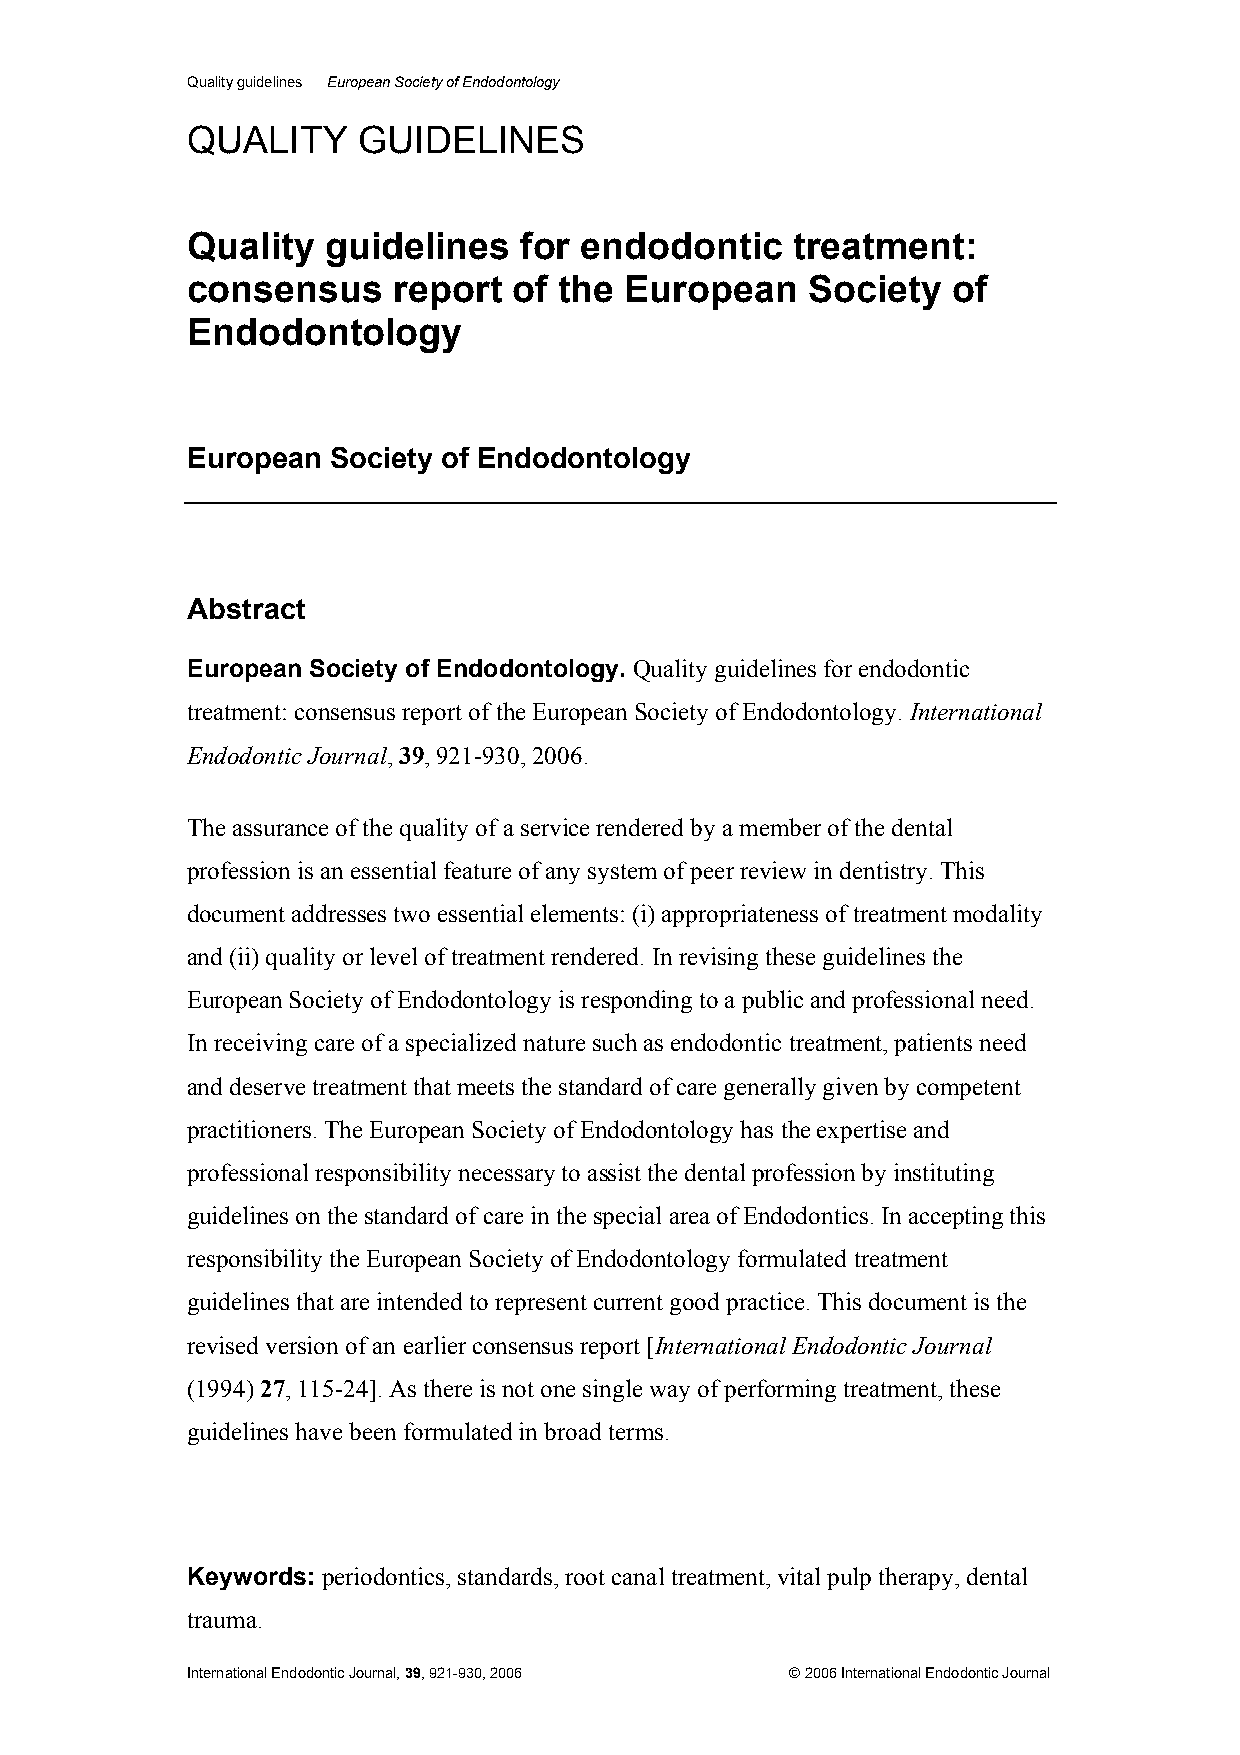
Quality guidelines European Society of Endodontology
 QUALITY     GUIDELINES
 Quality   guidelines  for endodontic     treatment:
 consensus     report  of the European     Society  of
 Endodontology
 European  Society of Endodontology
 Abstract
 European Society of Endodontology. Quality guidelines for endodontic
 treatment: consensus report of the European Society of Endodontology. International
 Endodontic Journal, 39, 921-930, 2006.
 The assurance of the quality of a service rendered by a member of the dental
 profession is an essential feature of any system of peer review in dentistry. This
 document addresses two essential elements: (i) appropriateness of treatment modality
 and (ii) quality or level of treatment rendered. In revising these guidelines the
 European Society of Endodontology is responding to a public and professional need.
 In receiving care of a specialized nature such as endodontic treatment, patients need
 and deserve treatment that meets the standard of care generally given by competent
 practitioners. The European Society of Endodontology has the expertise and
 professional responsibility necessary to assist the dental profession by instituting
 guidelines on the standard of care in the special area of Endodontics. In accepting this
 responsibility the European Society of Endodontology formulated treatment
 guidelines that are intended to represent current good practice. This document is the
 revised version of an earlier consensus report [International Endodontic Journal
 (1994) 27, 115-24]. As there is not one single way of performing treatment, these
 guidelines have been formulated in broad terms.
 Keywords: periodontics, standards, root canal treatment, vital pulp therapy, dental
 trauma.
 International Endodontic Journal, 39, 921-930, 2006 © 2006 International Endodontic Journal